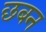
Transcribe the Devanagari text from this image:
छबन